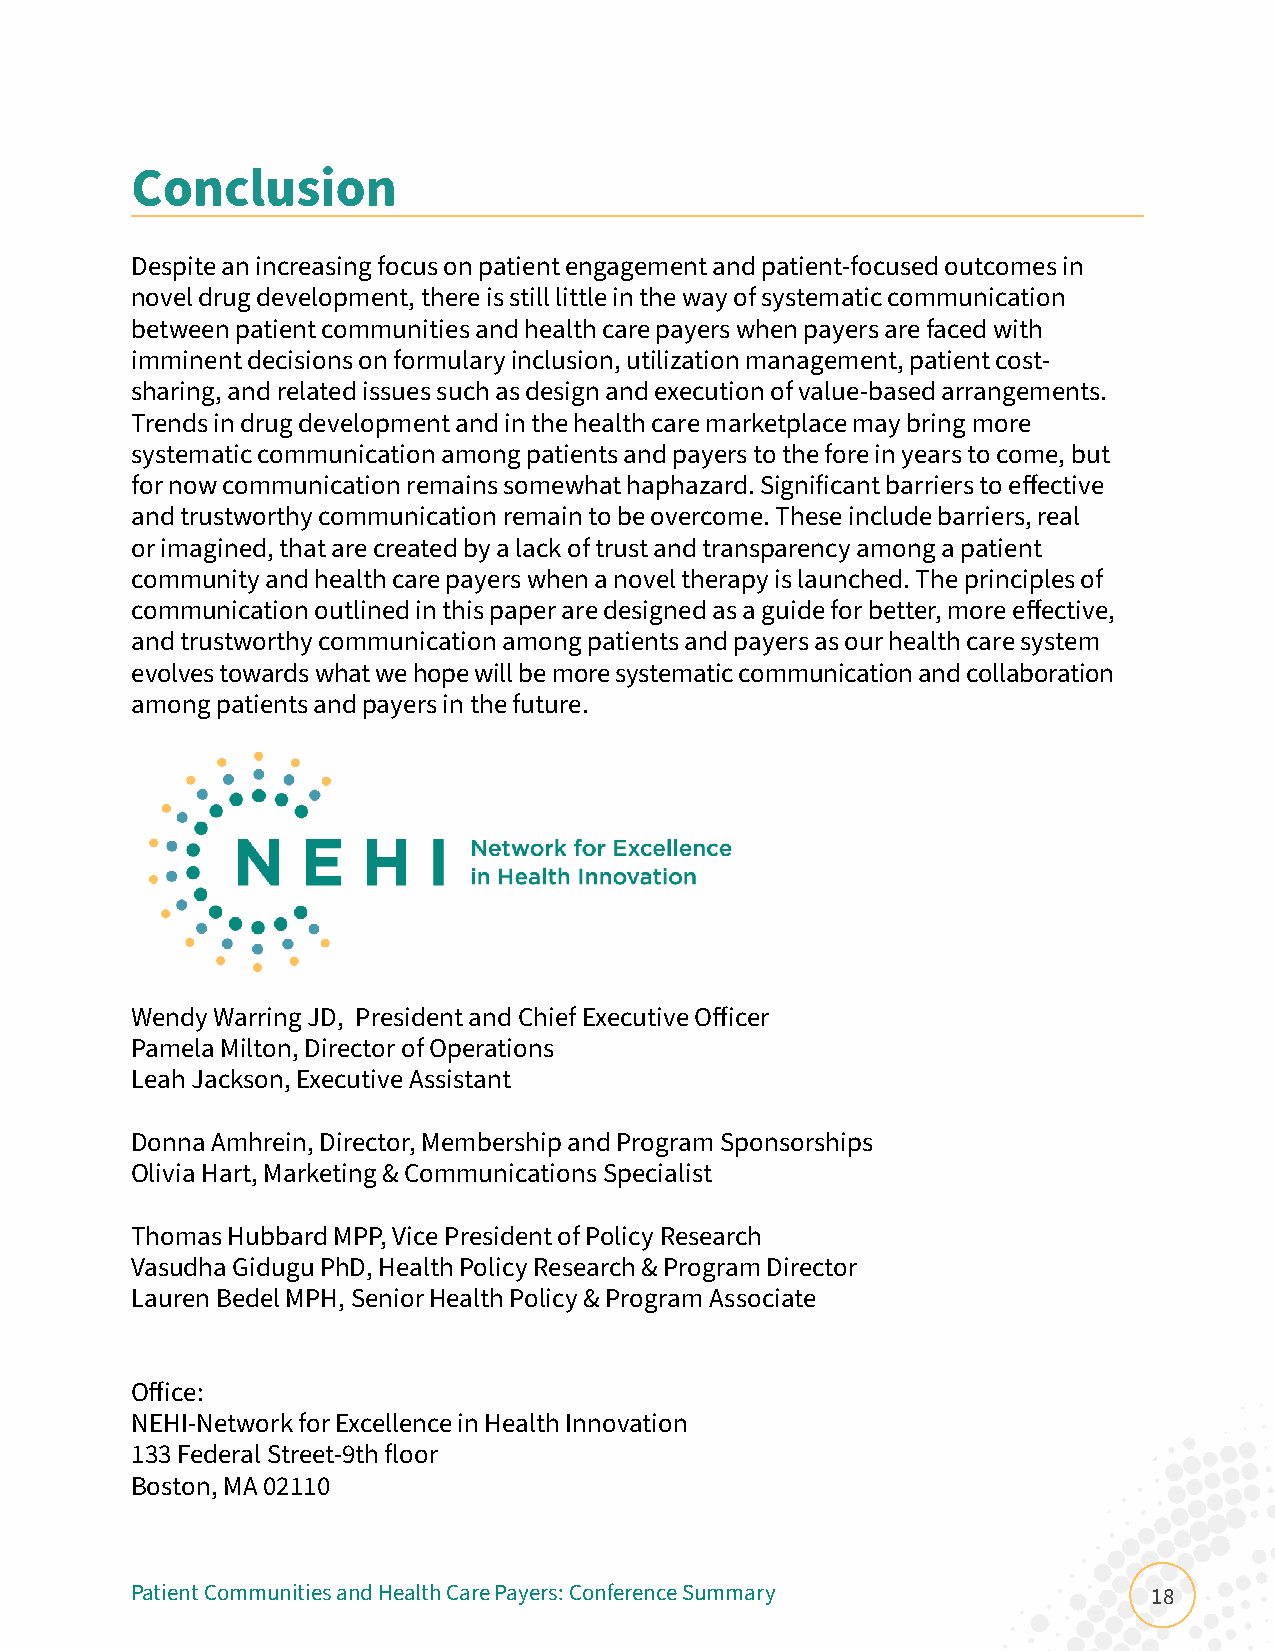
Conclusion
 Despite an increasing focus on patient engagement and patient-focused outcomes in
 novel drug development, there is still little in the way of systematic communication
 between patient communities and health care payers when payers are faced with
 imminent decisions on formulary inclusion, utilization management, patient cost-
 sharing, and related issues such as design and execution of value-based arrangements.
 Trends in drug development and in the health care marketplace may bring more
 systematic communication among patients and payers to the fore in years to come, but
 for now communication remains somewhat haphazard. Significant barriers to effective
 and trustworthy communication remain to be overcome. These include barriers, real
 or imagined, that are created by a lack of trust and transparency among a patient
 community and health care payers when a novel therapy is launched. The principles of
 communication outlined in this paper are designed as a guide for better, more effective,
 and trustworthy communication among patients and payers as our health care system
 evolves towards what we hope will be more systematic communication and collaboration
 among patients and payers in the future.
 Wendy Warring JD, President and Chief Executive Officer
 Pamela Milton, Director of Operations
 Leah Jackson, Executive Assistant
 Donna Amhrein, Director, Membership and Program Sponsorships
 Olivia Hart, Marketing & Communications Specialist
 Thomas Hubbard MPP, Vice President of Policy Research
 Vasudha Gidugu PhD, Health Policy Research & Program Director
 Lauren Bedel MPH, Senior Health Policy & Program Associate
 Office:
 NEHI-Network for Excellence in Health Innovation
 133 Federal Street-9th floor
 Boston, MA 02110
 Patient Communities and Health Care Payers: Conference Summary     18